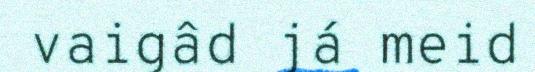
vaigâd já meid